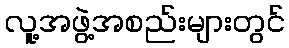
လူ့အဖွဲ့အစည်းများတွင်